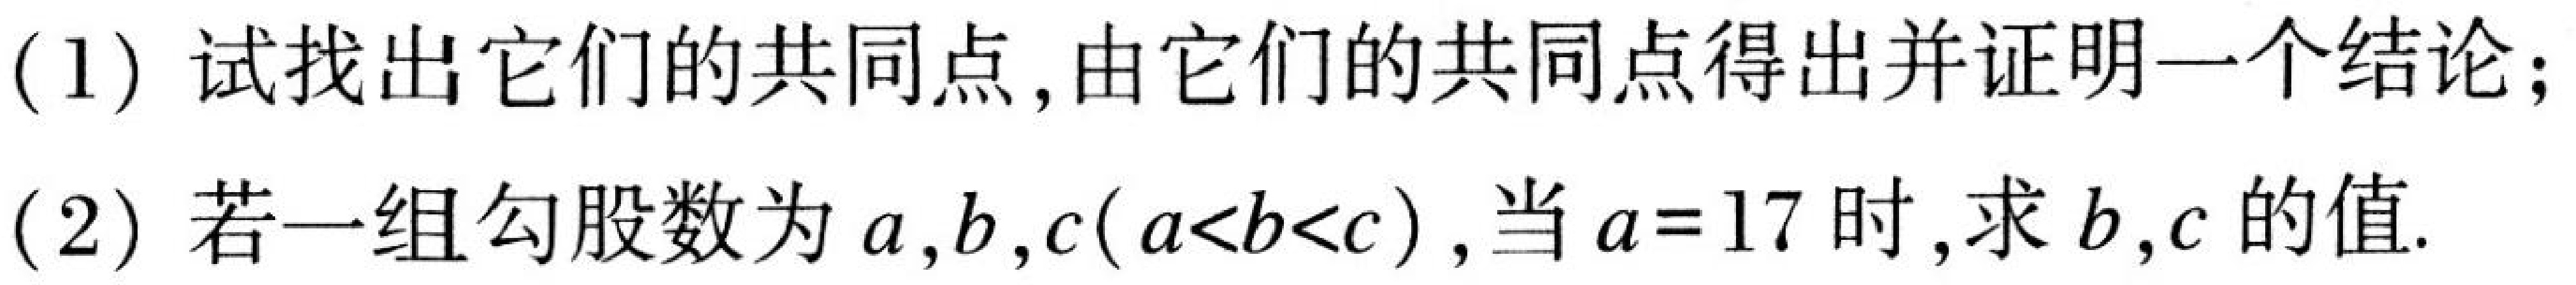
(1) 试找出它们的共同点,由它们的共同点得出并证明一个结论；
(2) 若一组勾股数为\(a,b,c(a < b < c)\),当\(a = 17\)时,求\(b,c\)的值.